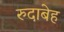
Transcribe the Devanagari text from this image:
रुदाबेह